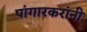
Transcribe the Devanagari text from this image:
पांगारकरांनी